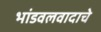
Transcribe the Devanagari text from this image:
भांडवलवादाचे